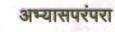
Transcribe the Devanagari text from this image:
अभ्यासपरंपरा